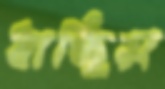
ধাচ্ছিস